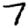
Digit: 7